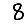
Digit: 8